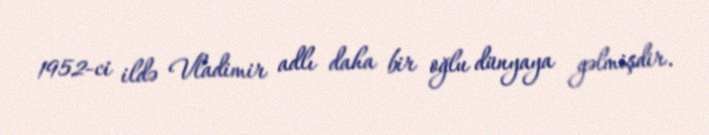
1952-ci ildə Vladimir adlı daha bir oğlu dünyaya gəlmişdir.